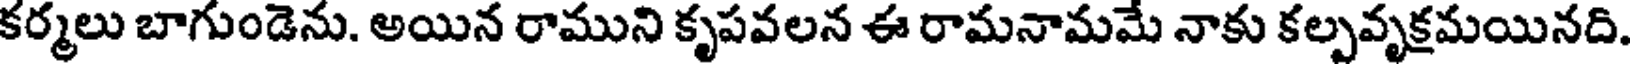
కర్మలు బాగుండెను. అయిన రాముని కృపవలన ఈ రామనామమే నాకు కల్పవృక్రమయినది.